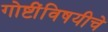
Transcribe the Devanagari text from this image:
गोष्टींविषयीचे